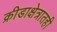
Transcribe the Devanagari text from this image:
क्रीडाक्षेत्रातही